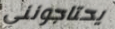
يحتاجونني